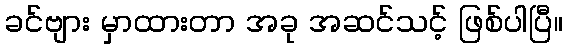
ခင်ဗျား မှာထားတာ အခု အဆင်သင့် ဖြစ်ပါပြီ။